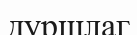
дуршлаг